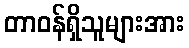
တာဝန်ရှိသူများအား